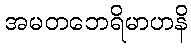
အမတဘေရိမာဟနိ